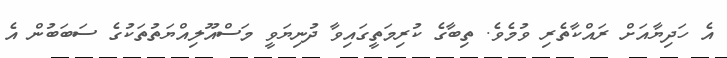
އެ ހަދިޔާއަށް ރައްކާތެރި ވުމެވެ. ތިބާގެ ކުރިމަތީގައިވާ ދުނިޔަވީ މަސްއޫލިއްޔަތުތަކުގެ ސަބަބުން އެ